Indian journal of veterinary science and animal husbandry - Volume 12,
Year: 1942
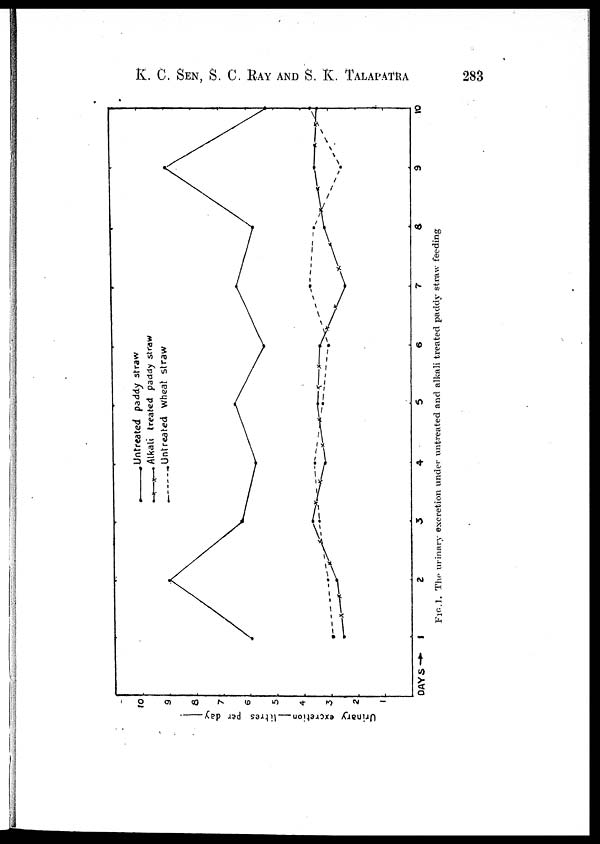
K. C. SEN, S. C. RAY AND S. K. TALAPATRA 283
FIG.1.
The urinary excretion under untreated and alkali treated paddy straw feeding